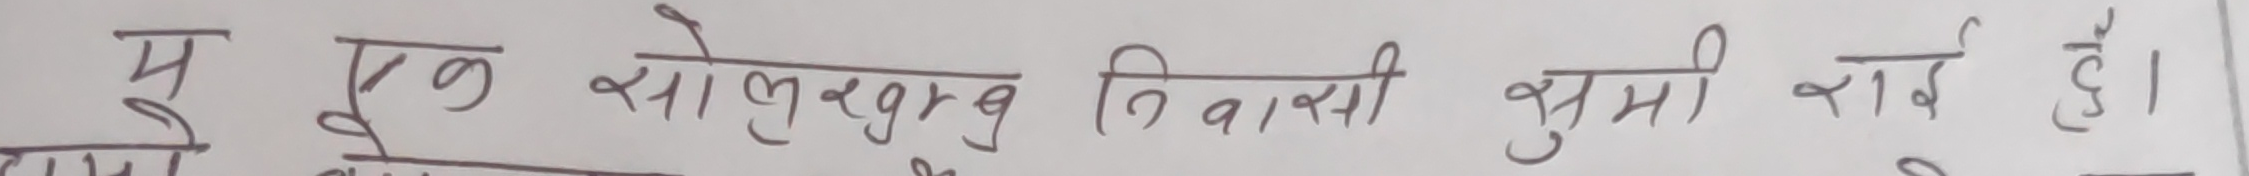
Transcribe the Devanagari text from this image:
म एक सोलुखुम्बु निवासी भुमी सई हु ।